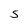
Character: S